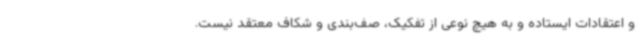
و اعتقادات ایستاده و به هیچ نوعی از تفکیک، صف‌بندی و شکاف معتقد نیست.